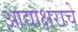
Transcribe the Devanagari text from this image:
आद्याक्षराचे